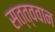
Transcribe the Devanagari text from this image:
सत्त्ववान